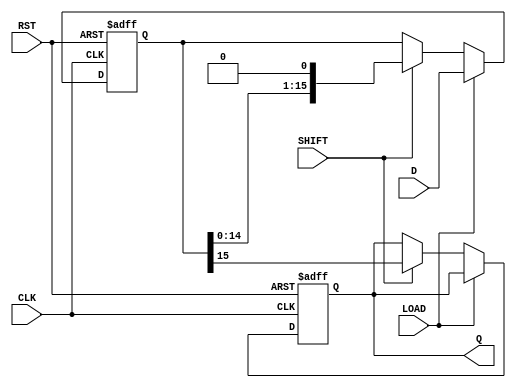
module PISO_Register (
    input wire [15:0] D,     // 16-bit parallel data input
    input wire LOAD,         // Load control signal
    input wire SHIFT,        // Shift control signal
    input wire CLK,          // Clock input
    input wire RST,          // Asynchronous reset
    output reg Q             // Serial output
);

    reg [15:0] shift_reg;    // 16-bit shift register

    // Asynchronous reset and data loading/shifting
    always @(posedge CLK or posedge RST) begin
        if (RST) begin
            shift_reg <= 16'b0; // Clear the register on reset
            Q <= 1'b0;          // Clear the output on reset
        end else if (LOAD) begin
            shift_reg <= D;     // Load data into the shift register
        end else if (SHIFT) begin
            Q <= shift_reg[15]; // Output the MSB
            shift_reg <= {shift_reg[14:0], 1'b0}; // Shift right
        end
    end

endmodule